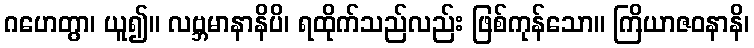
ဂဟေတွာ၊ ယူ၍။ လဗ္ဘမာနာနိပိ၊ ရထိုက်သည်လည်း ဖြစ်ကုန်သော။ ကြိယာဇဝနာနိ၊